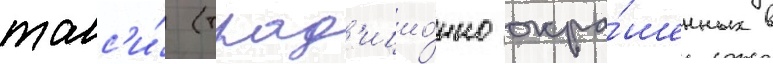
такс'и́ (трад'ицио́нно окра́шенных в